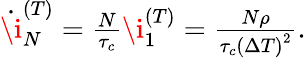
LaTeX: \begin{array}{r}{\dot{\i}_{N}^{(T)}=\frac{N}{\tau_{c}}\i_{1}^{(T)}=\frac{N\rho}{\tau_{c}\left(\Delta T\right)^{2}}.}\end{array}